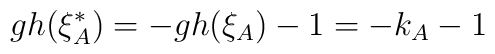
gh(\xi_A^*) = - gh(\xi_A) - 1 = - k_A - 1